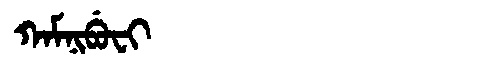
Manchu: ᡴᠠᠮᠨᡳᠪᡠᠸᡳ
Romanization: KAMNIBUFI